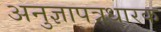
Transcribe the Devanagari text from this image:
अनुज्ञापत्रधारक